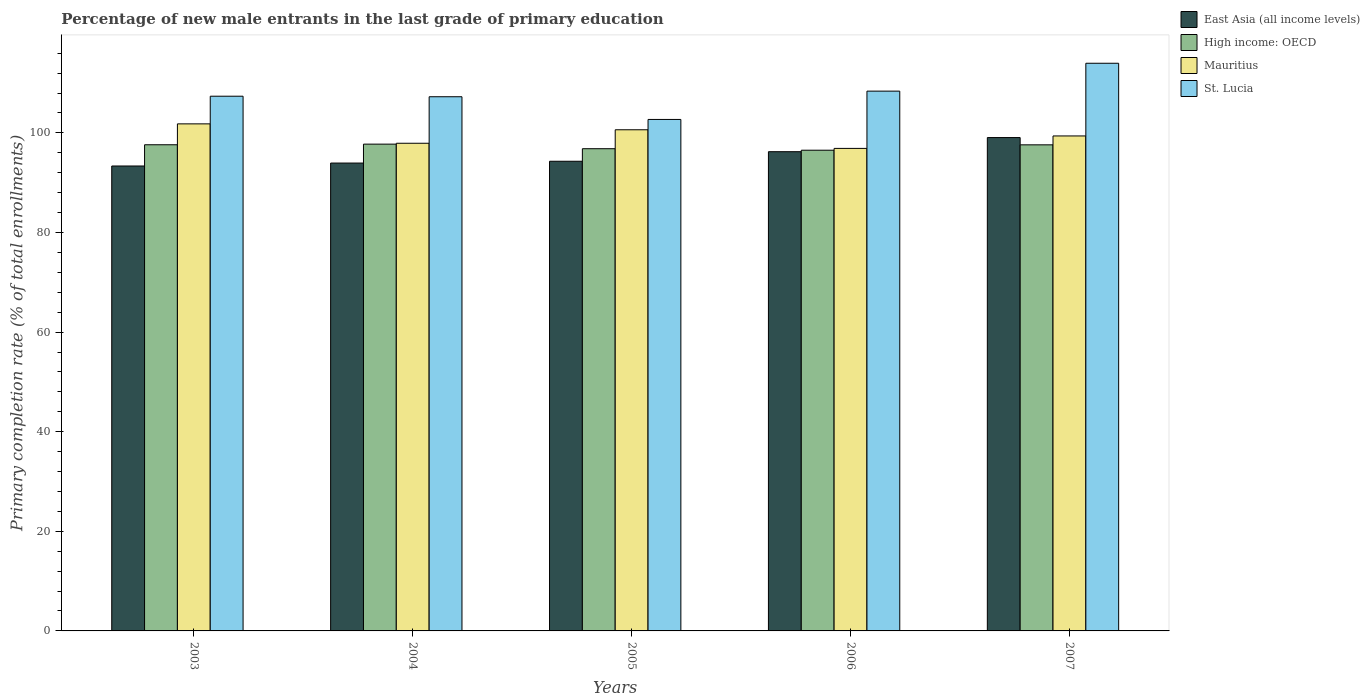
| Years | East Asia (all income levels) | High income: OECD | Mauritius | St. Lucia |
 | --- | --- | --- | --- | --- |
 | 2003 | 93.4 | 97.6 | 102 | 107 |
 | 2004 | 93.9 | 97.7 | 97.9 | 107 |
 | 2005 | 94.3 | 96.8 | 101 | 103 |
 | 2006 | 96.2 | 96.5 | 96.9 | 108 |
 | 2007 | 99.1 | 97.6 | 99.4 | 114 |